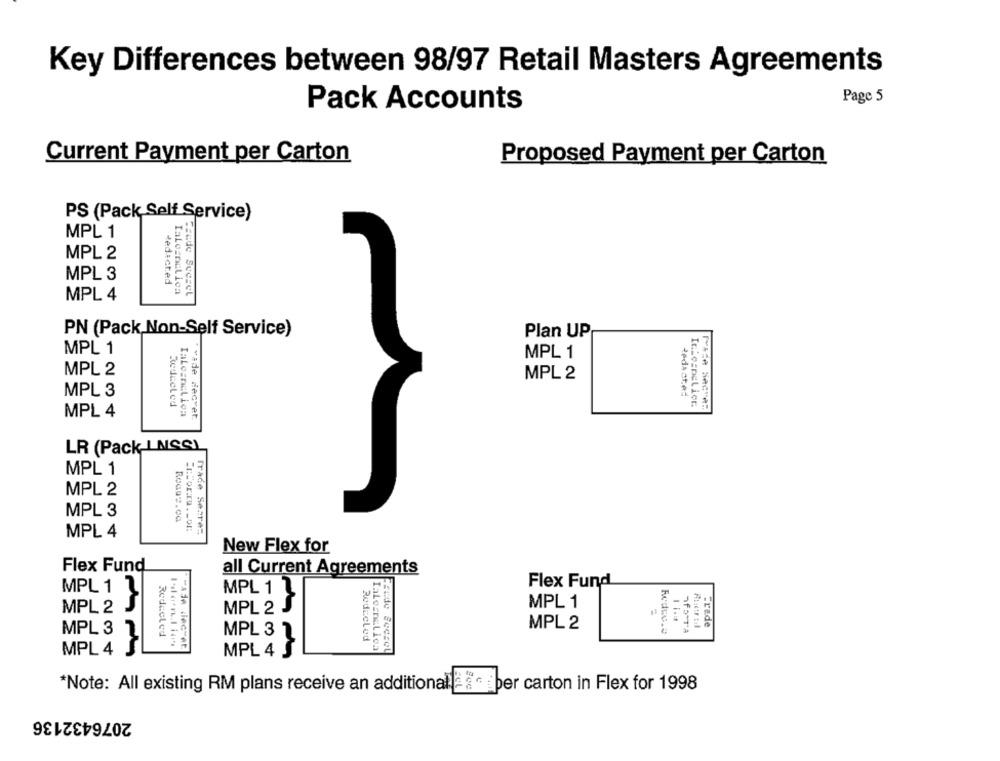
Key Differences between 98/97 Retail Masters Agreements
Page 5
Pack Accounts
Current Payment per Carton
Proposed Payment per Carton
PS (Pack Self Service)
MPL 1
MPL 2
MPL 3
dedicted
MPL 4
Jeude Scesel
PN (Pack Non-Self Service)
Plan UP
MPL 1
MPL 1
MPL 2
MPL 2
MPL 3
Redeeled
MPL 4
·vade decvet
LR (Pack INSS)
MPL 1
MPL 2
MPL 3
MPL 4
Trade Sezre:
New Flex for
Flex Fund
all Current Agreements
Flex Fund
MPL 1 7
MPL 1 ]
-
MPL 2
J
MPL 2 J
MPL 1
Frade
MPL 37
MPL 2
nfo-Ta
Redicted
MPL 3 2
Reducled
Ialesnel ioa
MPL 4 S
MPL 4
*Note: All existing RM plans receive an additionalla se per carton in Flex for 1998
2076432136